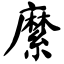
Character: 縻